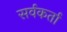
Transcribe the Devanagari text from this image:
सर्वकर्ता